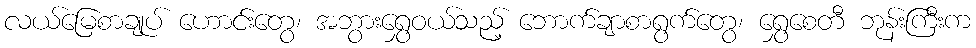
လယ်မြေစာချုပ် ဟောင်းတွေ၊ အဘွားရွှေဝယ်သည့် ဘောက်ချာစာရွက်တွေ၊ ရွှေစေတီ ဘုန်းကြီးက